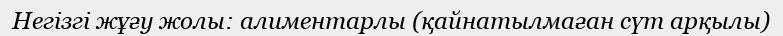
Негізгі жұғу жолы: алиментарлы (қайнатылмаған сүт арқылы)